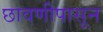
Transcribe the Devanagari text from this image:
छावणीपासून